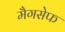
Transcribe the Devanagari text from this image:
मैगसेफ